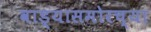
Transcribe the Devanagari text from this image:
वाड्यासमोरच्या